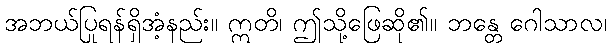
အဘယ်ပြုရန်ရှိအံ့နည်း။ ဣတိ၊ ဤသို့ဖြေဆို၏။ ဘန္တေ ဂေါသာလ၊